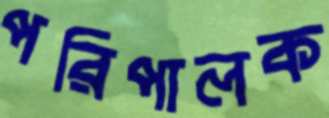
পরিপালক